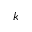
k